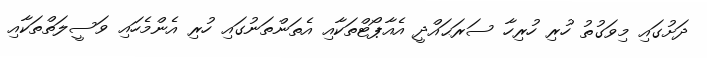
ދަށުގައި މިވަގުތު ހުރި ހުރިހާ ސަރަޙައްދީ އެއާޕޯޓްތަކާއި އެތަންތަނުގައި ހުރި އެންމެހައި ވަސީލަތްތަކާއި